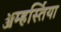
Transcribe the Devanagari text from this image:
ॲम्हर्स्तिया